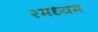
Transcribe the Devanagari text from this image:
२मध्यम